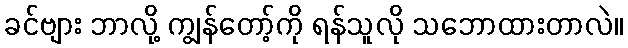
ခင်ဗျား ဘာလို့ ကျွန်တော့်ကို ရန်သူလို သဘောထားတာလဲ။